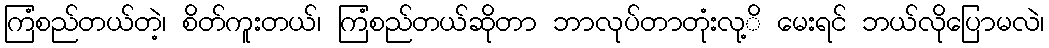
ကြံစည်တယ်တဲ့၊ စိတ်ကူးတယ်၊ ကြံစည်တယ်ဆိုတာ ဘာလုပ်တာတုံးလု့ိ မေးရင် ဘယ်လိုပြောမလဲ၊